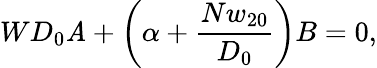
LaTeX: WD_{0}\mathit{A}+\left(\alpha+\frac{{Nw_{20}}}{{D_{0}}}\right)B=0,